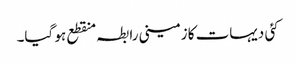
کئی دیہات کا زمینی رابطہ منقطع ہو گیا۔